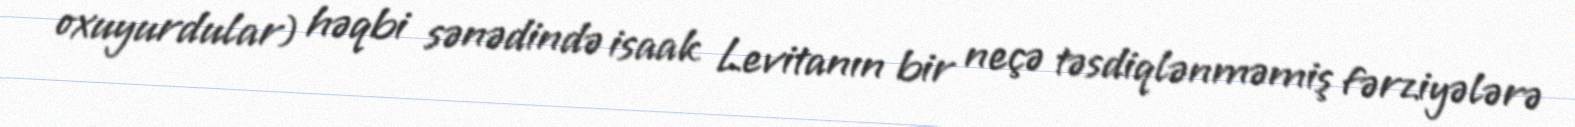
oxuyurdular) həqbi sənədində isaak Levitanın bir neçə təsdiqlənməmiş fərziyələrə